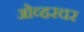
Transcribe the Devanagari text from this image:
ओव्हरचर